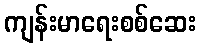
ကျန်းမာရေးစစ်ဆေး